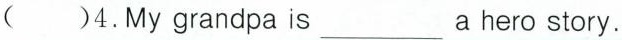
( )4.My grandpa is ___ a hero story.